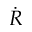
\dot { R }